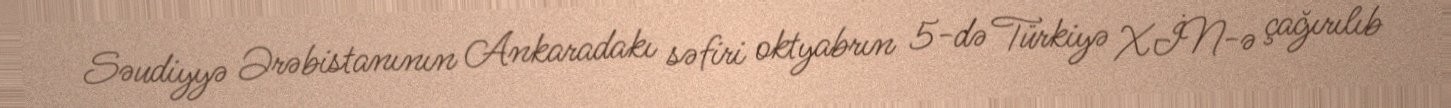
Səudiyyə Ərəbistanının Ankaradakı səfiri oktyabrın 5-də Türkiyə XİN-ə çağırılıb